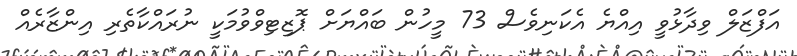
އަފްޒަލް ވިދާޅުވީ އިއްޔެ އެކަނިވެސް 73 މީހުން ބައްޔަށް ޕޮޒިޓިވްވުމަކީ ނުރައްކާތެރި އިންޒާރެއް